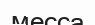
месса